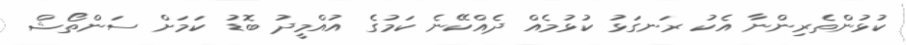
ކުޅުންތެރިންނާ އެކު ރަނގަޅު ކުޅުމެއް ދެއްކޭނެ ކަމުގެ އުއްމީދު ބޮޑު ކަމަށް ސަންތޯޝް